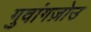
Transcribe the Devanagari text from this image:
गुवांगज़ोउ